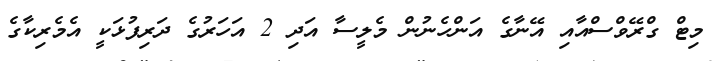
މިޓް ގްރޭވްސްއާއި އޭނާގެ އަންހެނުން މެލީސާ އަދި 2 އަހަރުގެ ދަރިފުޅަކީ އެމެރިކާގެ